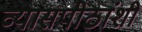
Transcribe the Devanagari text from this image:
व्यासपीठांशी